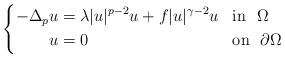
LaTeX: \begin{align*}\left\{\begin{aligned}-\Delta_p u&= \lambda |u|^{p-2}u+f|u|^{\gamma-2}u &&\mbox{in}\ \ \Omega \\u&=0 &&\mbox{on}\ \ \partial\Omega \end{aligned}\right.\end{align*}